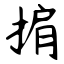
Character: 掮